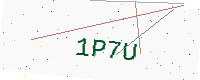
Text: 1P7U